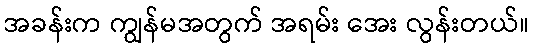
အခန်းက ကျွန်မအတွက် အရမ်း အေး လွန်းတယ်။